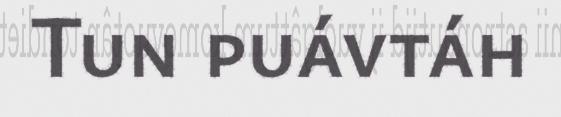
Tun puávtáh